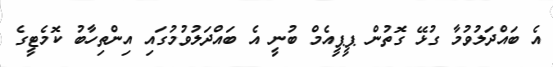
އެ ބައްދަލުވުމާ ގުޅޭ ގޮތުން ޕީޕީއެމް ބުނީ އެ ބައްދަލުވުމުގައި އިންތިހާބު ކޮމެޓީގެ